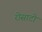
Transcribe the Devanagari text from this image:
रोसाटो